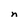
Character: n